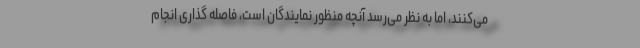
می‌کنند، اما به نظر می‌رسد آنچه منظور نمایندگان است، فاصله گذاری انجام